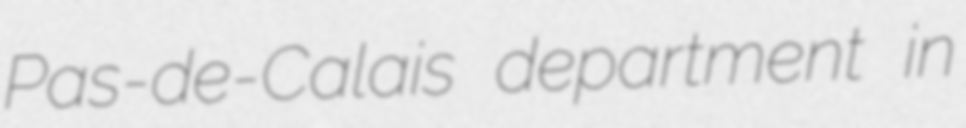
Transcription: Pas-de-Calais department in